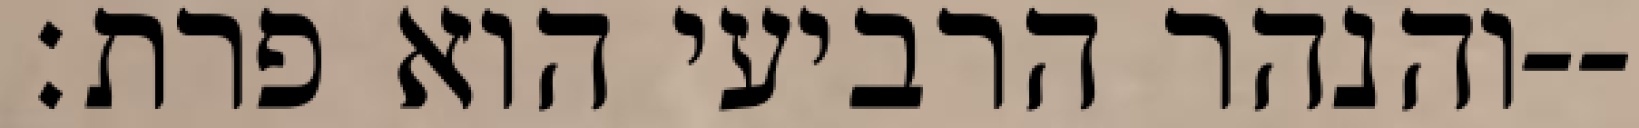
והנהר הרביעי הוא פרת׃--